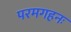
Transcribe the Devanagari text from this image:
परमगहनः